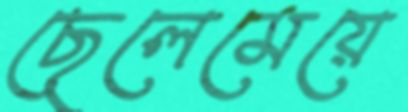
ছেলেমেয়ে